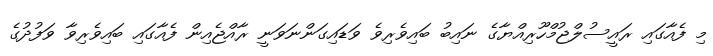
މި ފެއާގައި ރައީސުލްޖުމްހޫރިއްޔާގެ ނައިބު ބައިވެރިވެ ވަޑައިގަންނަވަނީ ރާއްޖެއިން ފެއާގައި ބައިވެރިވާ ވަފުދުގެ